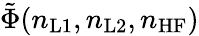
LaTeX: \tilde{\Phi}(n_{\mathrm{L1}},n_{\mathrm{L2}},n_{\mathrm{HF}})